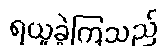
ရယူခဲ့ကြသည်